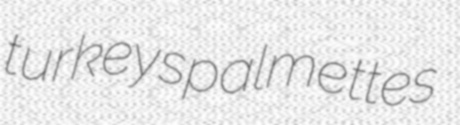
turkeys palmettes